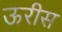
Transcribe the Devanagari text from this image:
ऊरीस